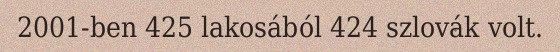
2001-ben 425 lakosából 424 szlovák volt.